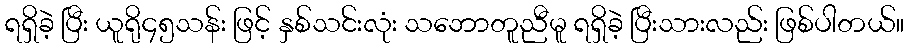
ရရှိခဲ့ ပြီး ယူရို၄၅သန်း ဖြင့် နှစ်သင်းလုံး သဘောတူညီမူ ရရှိခဲ့ ပြီးသားလည်း ဖြစ်ပါတယ်။